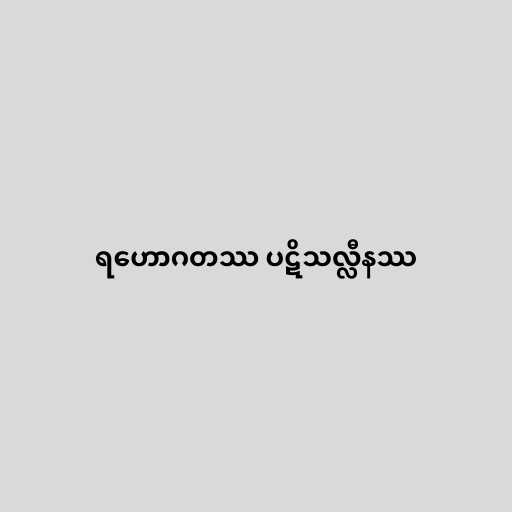
ရဟောဂတဿ ပဋိသလ္လီနဿ